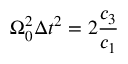
\Omega _ { 0 } ^ { 2 } \Delta { t } ^ { 2 } = 2 \frac { c _ { 3 } } { c _ { 1 } }